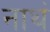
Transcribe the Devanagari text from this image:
नाथं